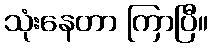
သုံးနေတာ ကြာပြီ။